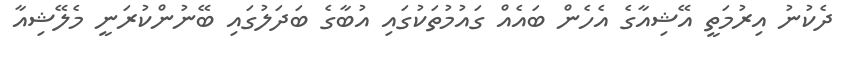
ދެކުނު އިރުމަތީ އޭޝިއާގެ އެހެން ބައެއް ގައުމުތަކުގައި އުބާގެ ބަދަލުގައި ބޭނުންކުރަނީ މެލޭޝިއާ